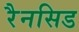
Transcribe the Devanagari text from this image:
रैनसिड